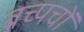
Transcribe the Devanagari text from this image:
बच्पचों